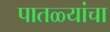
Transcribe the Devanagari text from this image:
पातळ्यांचा